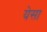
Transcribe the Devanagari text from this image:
येसा